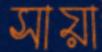
সায়া